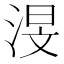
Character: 渂